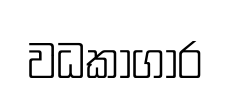
වධකාගාර